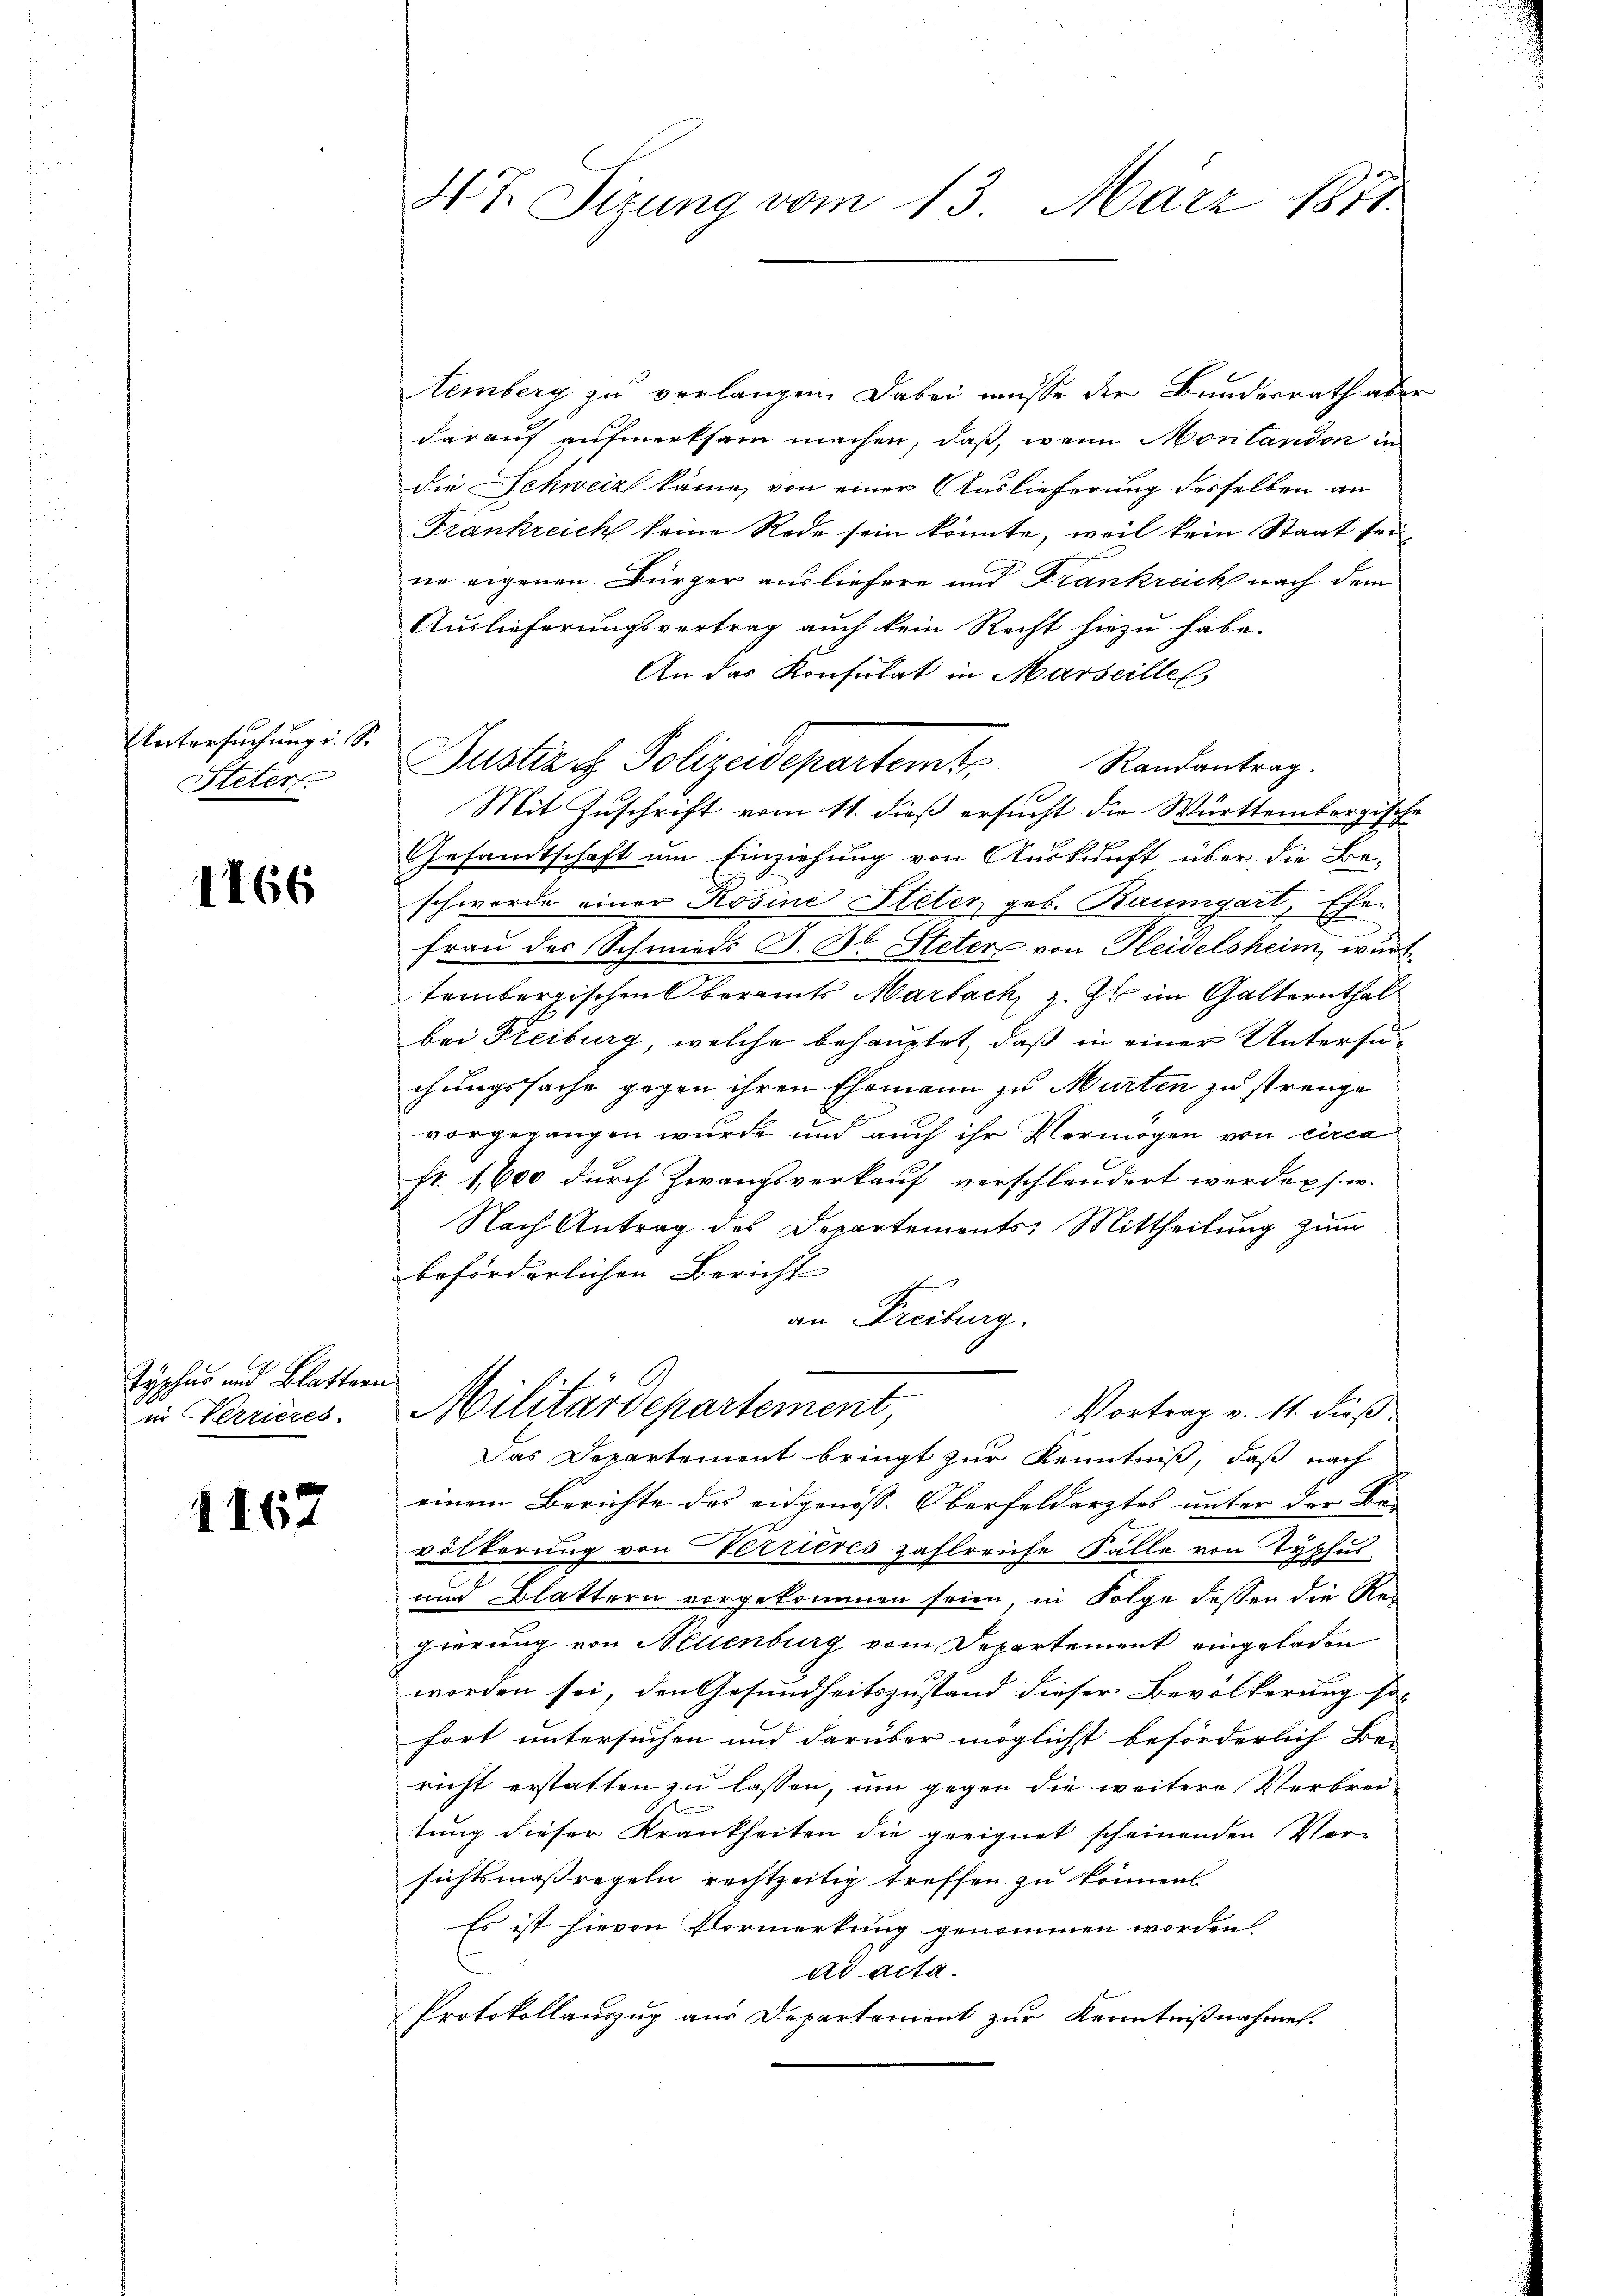
Untersuchung i. S.
Seter

1766

Typhus und Blatter
in Verrieres.

1162

4t. Sizung vom 13. März 1871.

temberg zu verlangen. Dabei müsse der Bundesrath aber
darauf aufmerksam machen, daß, wenn Montandon in
die Schweiz käme, von einer Auslieferung desselben an
Frankreich keine Rede sein könnte, weil kein Staat sei
ne eigenen Bürger ausliefere und Frankreich nach dem
Auslieferungsvertrag auch kein Recht hiezu habe.
An das Konsulat in Marseille
Gesandtschaft um Einziehung von Auskunft über die Be-
schwerde einer Rosine Steter geb. Baumgart, Ehe-
Frau der Schmied. D. Bl. Steter von Fleiselsheim, wurd
tembergischen Oberamts Marbach, z. Z. im Galternthal
bei Freiburg, welche behauptet, daß in einer Untersuchungssache gegen ihren Ehemann zu Murten zu strenge
vorgegangen wurde und auch ihr Vermögen von circa
fr. 1,600 durch Zwangsverkauf verschleudert werden s. w.
Nach Antrag des Departements: Mittheilung zum
beförderlichen Bericht
an Freiburg.
s
Militärdepartement
Vortrag v. 11. dieß
Das Departement bringt zur Kenntniß, daß nach
einem Berichte des eidgenöss. Oberfeldarztes unter der Be-
völkerung von Verrieres zahlreiche Falle von Typhus
und Blattern vorgekommen seien, in Folge dessen die Re-
pierung von Neuenburg vom Departement eingeladen
worden sei, den Gesundheitszustand dieser Bevölkerung so-
fort untersuchen und darüber möglichst beförderlich Be-
richt erstatten zu lassen, um gegen die weitere Verbreitung dieser Krankheiten die geeignet scheinenden Vor-
sichtsmaßregeln rechtzeitig treffen zu können
Es ist hievon Vormerkung genommen worden
ad acta.
Protokollauszug aus Departement zur Kenntnißnahmen.

Justiz ich Polizeidepartemt Randantrag.
f
Mit Zuschrift vom 11. dieß ersucht die Württembergische